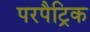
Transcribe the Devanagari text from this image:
परपैट्रिक